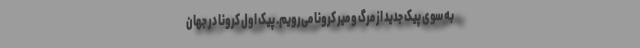
به سوی پیک جدید از مرگ و میر کرونا می‌رویم. پیک اول کرونا در جهان